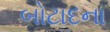
બોટાદના